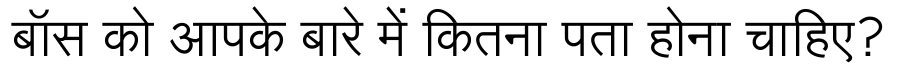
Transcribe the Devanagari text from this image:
बॉस को आपके बारे में कितना पता होना चाहिए?